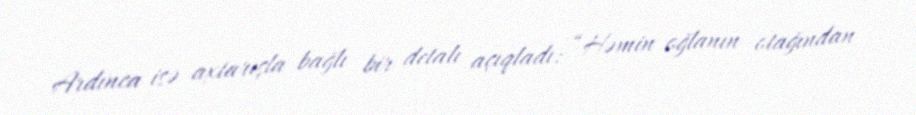
Ardınca isə axtarışla bağlı bir detalı açıqladı: “Həmin oğlanın otağından